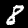
Label: 8